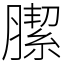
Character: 䐼